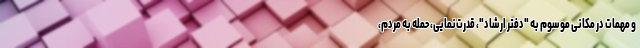
و مهمات در مکانی موسوم به "دفتر ارشاد"، قدرت‌نمایی، حمله به مردم،